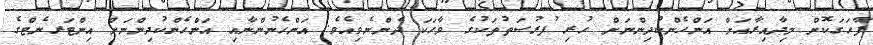
ފާހަގަކޮށް މިދާއިރާއަށް އަންހެންކުދިންނަށް ހުރި ފުރުސަތުތަކުގެ ވާހަކަ ދެންނެވިއެވެ. އަންހެނުންނާއި އަންހެންކުދިންނަށް އިންޓަރނެޓްގެ